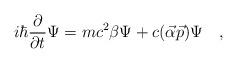
LaTeX: \begin{align*}i \hbar \frac{\partial}{\partial t} \Psi=mc^2 \beta \Psi+c (\vec{\alpha}\vec{p}) \Psi \quad ,\end{align*}